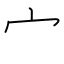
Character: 宀